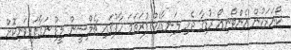
ކޯނަރަކުން އެންޓޯނިއޯ ރުޑިގާ ޖެހި ލަނޑާއެކު ފުރަތަމަ ހާފުގައި ޗެލްސީން ލީޑު ނަގާފައިވަނިކޮށް